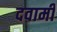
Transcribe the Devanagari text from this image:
दवामी